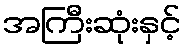
အကြီးဆုံးနှင့်